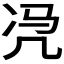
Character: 𮰉